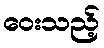
ဝေးသည့်